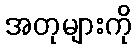
အတုများကို